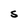
Character: S